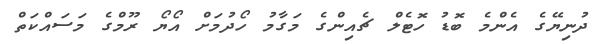
ދުނިޔޭގެ އެންމެ ބޮޑު ހޮޓެލް ޗެއިންގެ މަގާމު ހޯދުމަށް އޯޔޯ ރޫމްގެ މަސައްކަތް